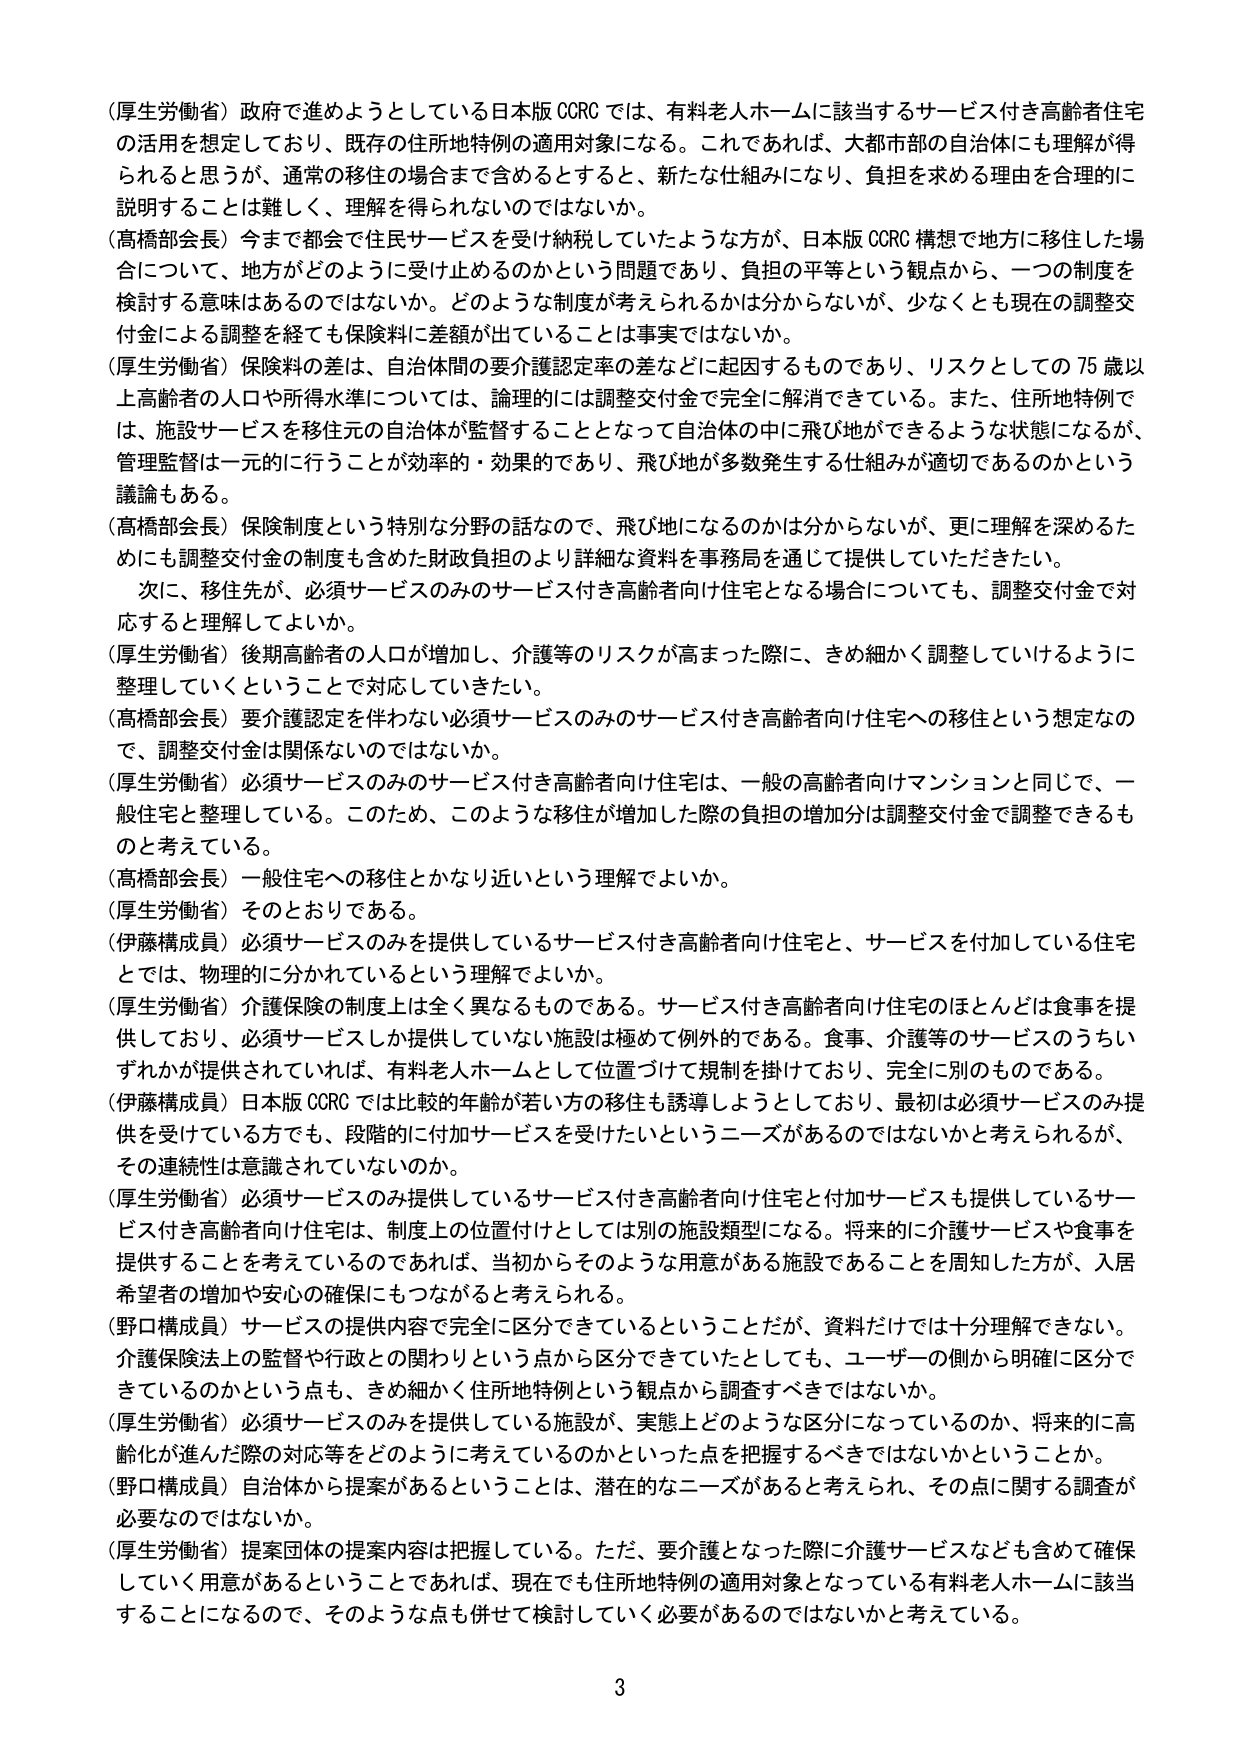
（厚生労働省）政府で進めようとしている日本版 CCRC では、有料老人ホームに該当するサービス付き高齢者住宅の活用を想定しており、既存の住所地特例の適用対象になる。これであれば、大都市部の自治体にも理解が得られると思うが、通常の移住の場合まで含めるとすると、新たな仕組みになり、負担を求める理由を合理的に説明することは難しく、理解を得られないのではないか。

（高橋部会長）今まで都会で住民サービスを受け納税していたような方が、日本版 CCRC 構想で地方に移住した場合について、地方がどのように受け止めるのかという問題であり、負担の平等という観点から、一つの制度を検討する意味はあるのではないか。どのような制度が考えられるかは分からないが、少なくとも現在の調整交付金による調整を経ても保険料に差額が出ていることは事実ではないか。

（厚生労働省）保険料の差は、自治体間の要介護認定率の差などに起因するものであり、リスクとしての 75 歳以上高齢者の人口や所得水準については、論理的には調整交付金で完全に解消できている。また、住所地特例では、施設サービスを移住元の自治体が監督することとなって自治体の中に飛び地ができるような状態になるが、管理監督は一元的に行うことが効率的・効果的であり、飛び地が多数発生する仕組みが適切であるのかという議論もある。

（高橋部会長）保険制度という特別な分野の話なので、飛び地になるのかは分からないが、更に理解を深めるためにも調整交付金の制度も含めた財政負担のより詳細な資料を事務局を通じて提供していただきたい。

　次に、移住先が、必須サービスのみのサービス付き高齢者向け住宅となる場合についても、調整交付金で対応すると理解してよいか。

（厚生労働省）後期高齢者の人口が増加し、介護等のリスクが高まった際に、きめ細かく調整していけるように整理していくということで対応していきたい。

（高橋部会長）要介護認定を伴わない必須サービスのみのサービス付き高齢者向け住宅への移住という想定なので、調整交付金は関係ないのではないか。

（厚生労働省）必須サービスのみのサービス付き高齢者向け住宅は、一般の高齢者向けマンションと同じで、一般住宅と整理している。このため、このような移住が増加した際の負担の増加分は調整交付金で調整できるものと考えている。

（高橋部会長）一般住宅への移住とかなり近いという理解でよいか。

（厚生労働省）そのとおりである。

（伊藤構成員）必須サービスのみを提供しているサービス付き高齢者向け住宅と、サービスを付加している住宅とでは、物理的に分かれていているという理解でよいか。

（厚生労働省）介護保険の制度上は全く異なるものである。サービス付き高齢者向け住宅のほとんどは食事を提供しており、必須サービスしか提供していない施設は極めて例外的である。食事、介護等のサービスのうちいずれかが提供されていれば、有料老人ホームとして位置づけて規制を掛けており、完全に別のものである。

（伊藤構成員）日本版 CCRC では比較的年齢が若い方の移住も誘導しようとしており、最初は必須サービスのみ提供を受けている方でも、段階的に付加サービスを受けたいというニーズがあるのではないかと考えられるが、その連続性は意識されていないのか。

（厚生労働省）必須サービスのみ提供しているサービス付き高齢者向け住宅と付加サービスも提供しているサービス付き高齢者向け住宅は、制度上の位置付けとしては別の施設類型になる。将来的に介護サービスや食事を提供することを考えているのであれば、当初からそのような用意がある施設であることを周知した方が、入居希望者の増加や安心の確保にもつながると考えられる。

（野口構成員）サービスの提供内容で完全に区分できているということだが、資料だけでは十分理解できない。介護保険法上の監督や行政との関わりという点から区分できていたとしても、ユーザーの側から明確に区分できているのかという点も、きめ細かく住所地特例という観点から調査すべきではないか。

（厚生労働省）必須サービスのみを提供している施設が、実態上どのような区分になっているのか、将来的に高齢化が進んだ際の対応等をどのように考えているのかといった点を把握するべきではないかということか。

（野口構成員）自治体から提案があるということは、潜在的なニーズがあると考えられ、その点に関する調査が必要なのではないか。

（厚生労働省）提案団体の提案内容は把握している。ただ、要介護となった際に介護サービスなども含めて確保していく用意があるということであれば、現在でも住所地特例の適用対象となっている有料老人ホームに該当することになるので、そのような点も併せて検討していく必要があるのではないかと考えている。

3